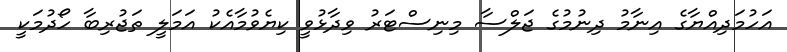
އަހުމަދިއްޔާގެ އިނާމު ދިނުމުގެ ޖަލްސާ މިނިސްޓަރު ވިދާޅުވީ ކިޔެވުމާއެކު އަމަލީ ތަޖުރިބާ ހޯދުމަކީ